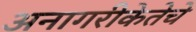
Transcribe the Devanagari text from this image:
अनागरीकेतेचे